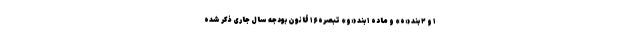
۱ و ۲ بند «ه» و ماده ۱ بند «و» تبصره ۱۶ قانون بودجه سال جاری ذکر شده